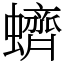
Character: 蠐